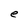
Character: e